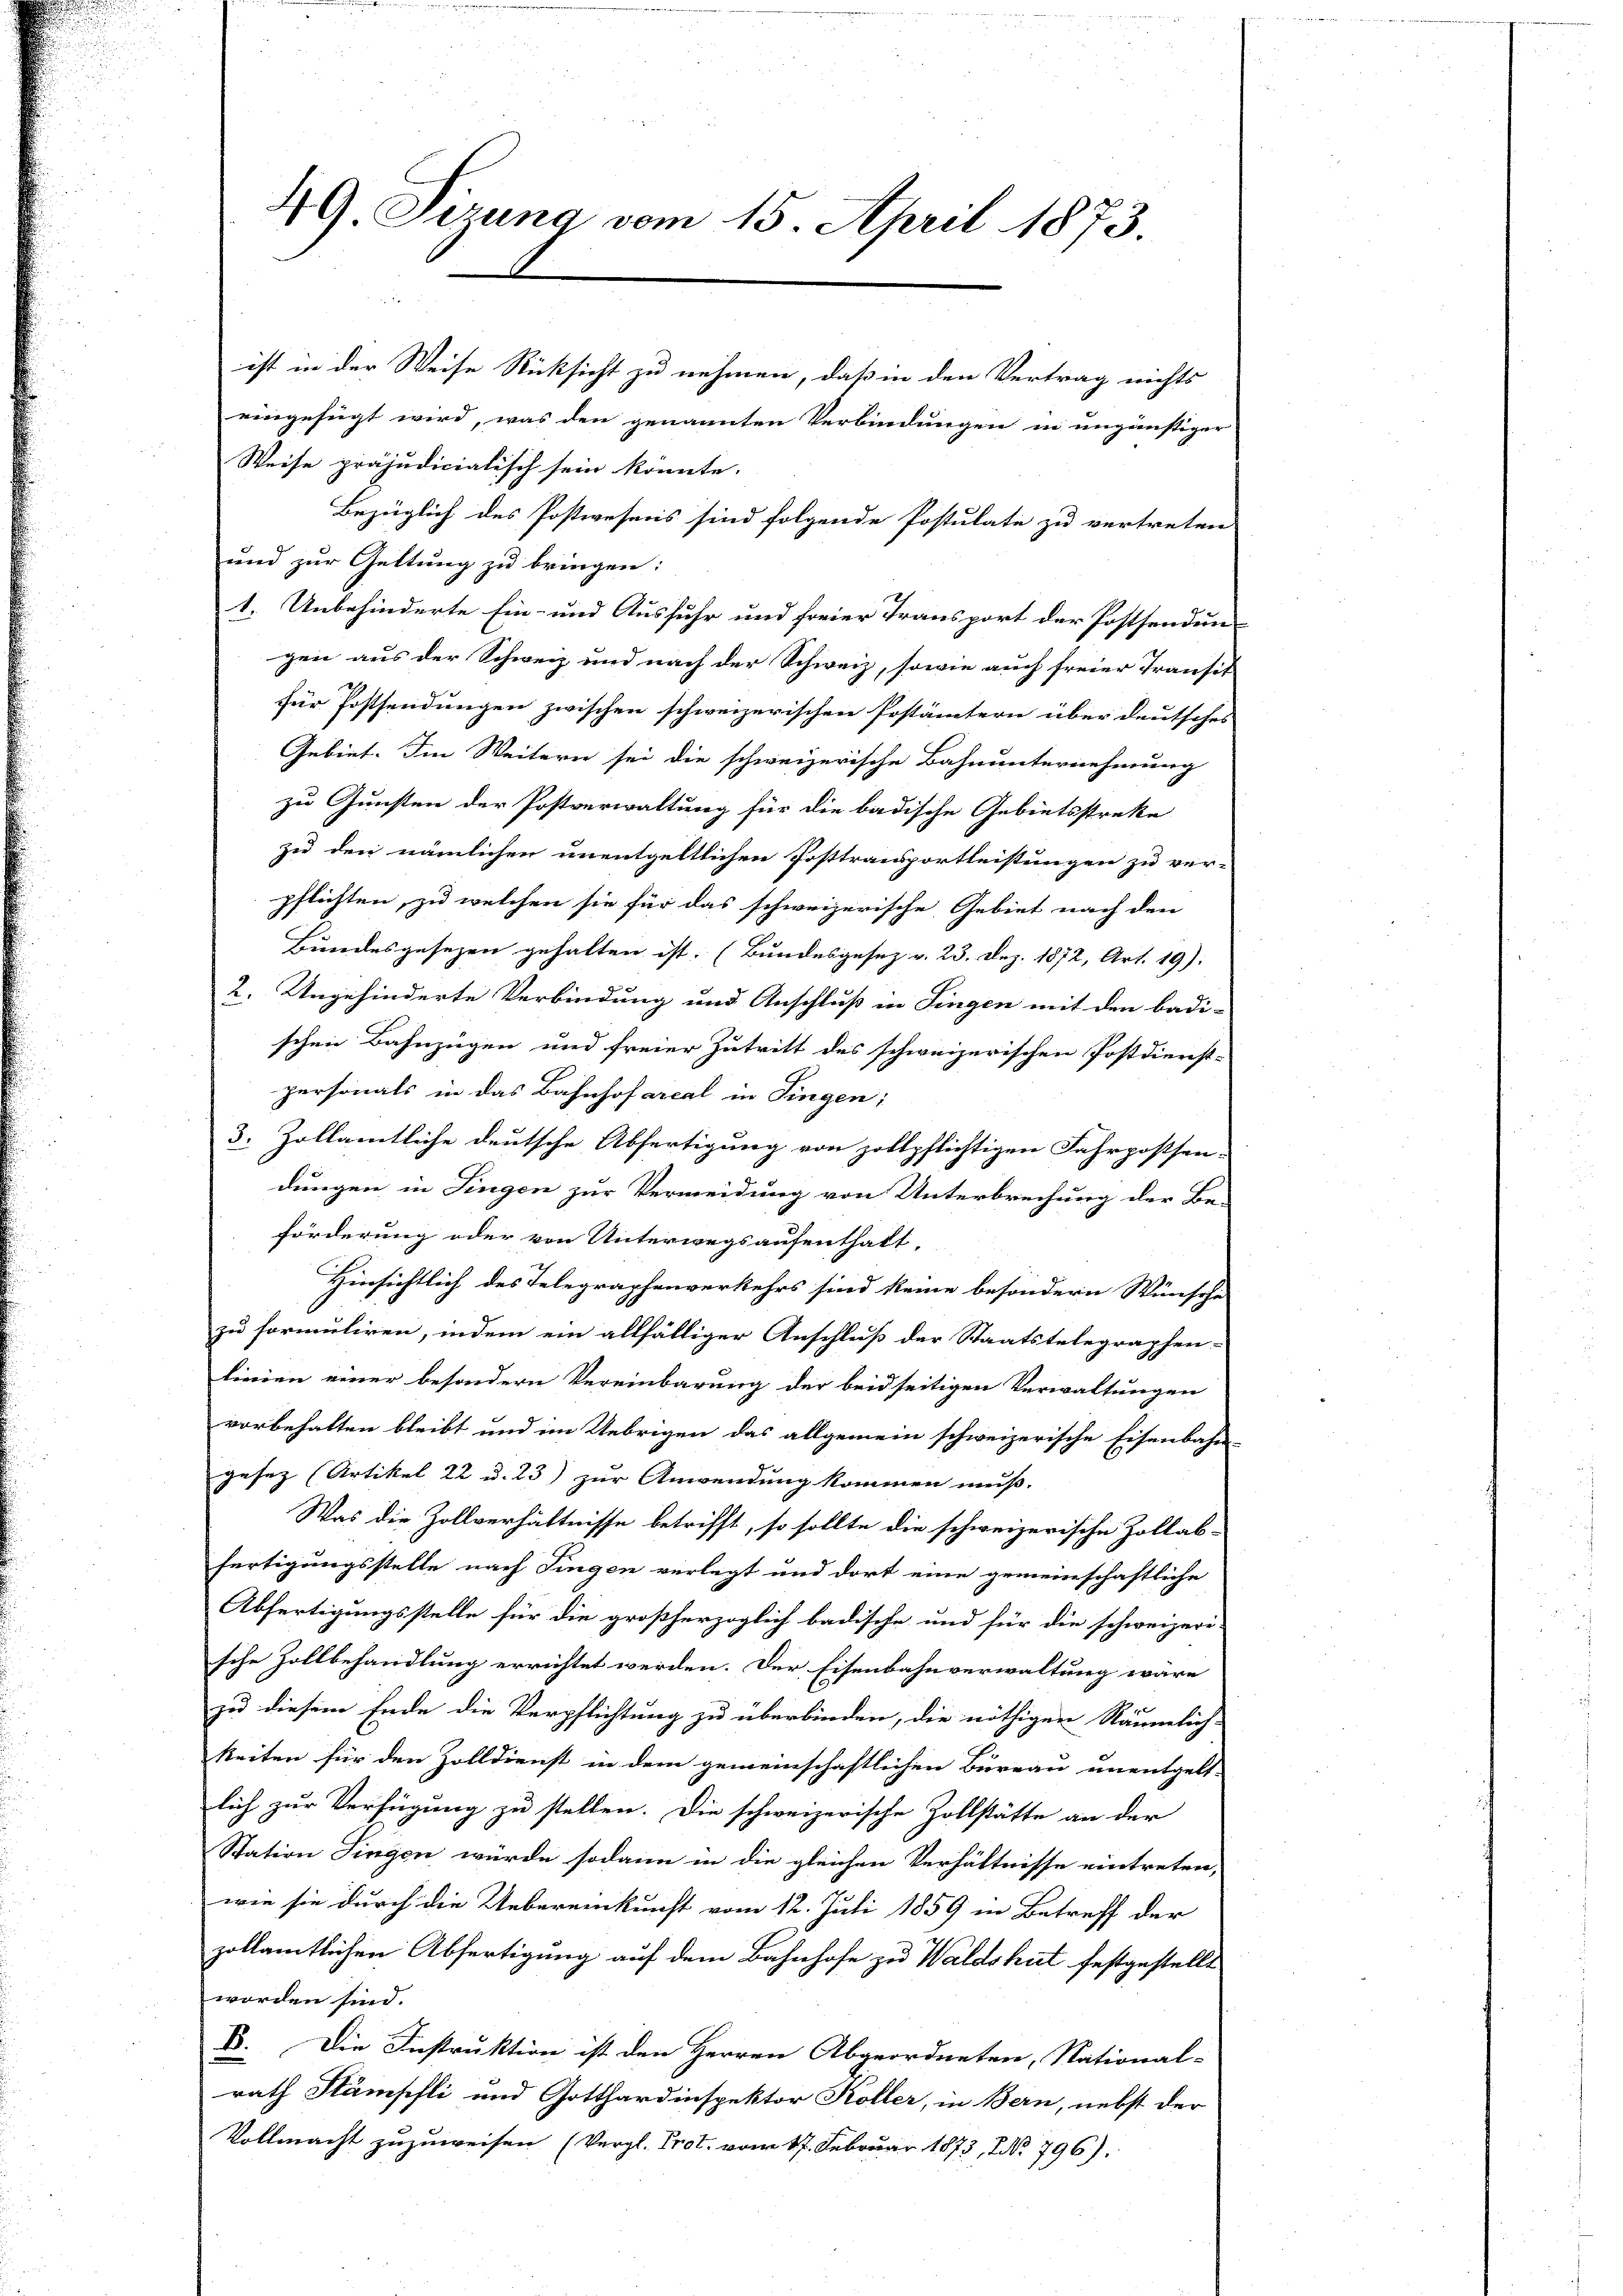
49 Sizung vom 15. April 1873.

ist in der Weise Rücksicht zu nehmen, daß in den Vertrag nichts

eingefügt wird, was den genannten Verbindungen in ungünstiger
Weise präjudicialisch sein könnte.
Bezüglich des Postwesens sind folgende Postulate zu vertreten
und zur Geltung zu bringen:
1. Unbehinderte Ein- und Ausfuhr und freier Transport der Postsendun-
gen aus der Schweiz und nach der Schweiz, sowie auch freier Transit
für Postsendungen zwischen schweizerischen Postämtern über deutsches
Gebiet. Im Weitern sei die schweizerische Bahnunternehmung
zu Gunsten der Postverwaltung für die badische Gebietsstreke
zu den nämlichen unentgeltlichen Posttransportleistungen zu ver-
pflichten, zu welchen sie für das schweizerische Gebiet nach den
Bundesgesezen gehalten ist. (Bundesgesez v. 23. Dez. 1872, Art. 19).
2. Ungehinderte Verbindung und Anschluß in Fingen mit den badi-
schen Bahnzügen und freier Zutritt des schweizerischen Postdienst-
personals in das Bahnhofarcal in Fingen:
3. Zollamtliche deutsche Abfertigung von zollpflichtigen Fahrpostsen-
dungen in Fingen zur Vermeidung von Unterbrechung der Be-
förderung oder von Unterwegsaufenthalt,
Hinsichtlich des Telegraphenverkehrs sind keine besondern Wünsche
zu formuliren, indem ein allfälliger Anschluß der Staatstelegraphen-
linien einer besondern Vereinbarung der beidseitigen Verwaltungen
vorbehalten bleibt und im Uebrigen das allgemein schweizerische Eisenbahn-
gesez (Artikel 22 u. 23) zur Anwendung kommen muß.
Was die Zollverhältnisse betrifft, so sollte die schweizerische Zollab-
fertigungsstelle nach Fingen verlegt und dort eine gemeinschaftliche
Abfertigungsstelle für die großherzoglich badische und für die schweizeri-
sche Zollbehandlung errichtet werden. Der Eisenbahnverwaltung wäre
zu diesem Ende die Verpflichtung zu überbinden, die nöthigen Räumlich-
1
keiten für den Zolldienst in dem gemeinschaftlichen Bereau unentgelt-
lich zur Verfügung zu stellen. Die schweizerische Zollstätte an der
Station Singen würde sodann in die gleichen Verhältnisse eintreten,
wie sie durch die Uebereinkunft vom 12. Juli 1859 in Betreff der
zollamtlichen Abfertigung auf dem Bahnhofe zu Waldshut festgestellt
worden sind.
B. Die Instruktion ist den Herren Abgeordneten, National-
rath Stämpfli und Gotthardinspektor Koller, in Bern, nebst der
Vollmacht zuzuweisen (Vergl. Prot. vom 17. Februar 1873, NNo. 796).